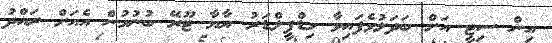
އިން ސިޓީ އަށް ބަދަލުވެފައިވާ މިޑްފީލްޑަރު ޔާޔާ ޓޫރޭ ބުނުމުން އެއަށް ރައްދު